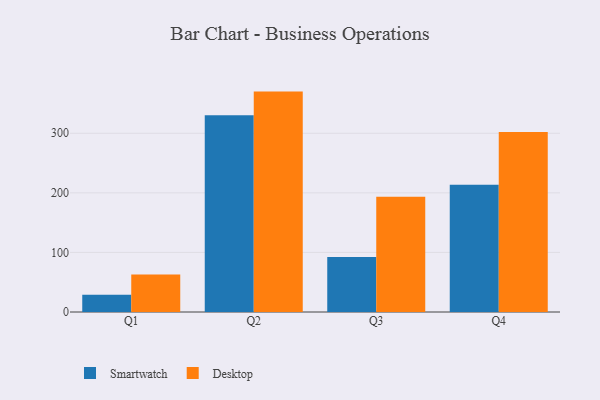
{"axis": {"x": "Quarter", "y": "Headcount"}, "legend": ["Desktop", "Smartwatch"], "data": [{"x": "Q1", "y": 28.8, "type": "Smartwatch"}, {"x": "Q1", "y": 63.1, "type": "Desktop"}, {"x": "Q2", "y": 330.1, "type": "Smartwatch"}, {"x": "Q2", "y": 369.9, "type": "Desktop"}, {"x": "Q3", "y": 92.3, "type": "Smartwatch"}, {"x": "Q3", "y": 193.5, "type": "Desktop"}, {"x": "Q4", "y": 213.4, "type": "Smartwatch"}, {"x": "Q4", "y": 302.3, "type": "Desktop"}]}